Vaccination in Burma 1889-1999 - 1889-1999
Year: 1889
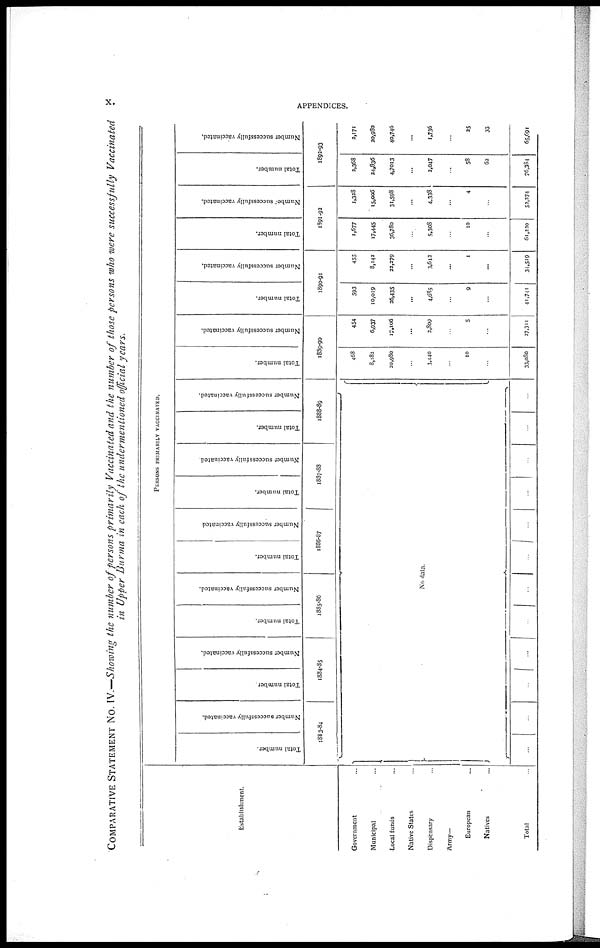
x.
APPENDICES.
COMPARATIVE STATEMENT No. IV.—Showing the number of persons primarily Vaccinated and the number of those persons who were successfully Vaccinated
in Upper Burma in each of the undermentioned official years.
Establishment.
Government... ... ...
Municipal... ... ... ...
Local funds... ... ... ...
Native States... ... ... ...
Dispensary... ... ... ...
Army-
European... ... ... ...
Natives... ... ... ...
Total...
PERSONS PRIMARILY VACCINATED.
Total number.
Number successfully vaccinated.
1883-84
Total number.
Number successfully vaccinated.
1884-85
Total number.
Number successfully vaccinated.
1885-86
Total number.
Number successfully vaccinated
1886-87
Total number.
Number successfully vaccinated.
1887-88
Total number.
Number successfully vaccinated.
1888-89
No data.
...
...
...
...
...
...
...
...
...
...
...
...
Total number.
Number successfully vaccinated.
1889-90
468
8,182
20,980
...
3,440
...
10
...
33,080
454
6,937
17,106
...
2,809
...
5
...
27,311
Total number.
Number successfully vaccinated.
1890-91
593
10,019
26,435
...
4,085
...
9
...
41,741
455
8,142
22,279
...
3,643
...
1
...
34,519
Total number.
Number successfully vaccinated.
1891-92
1,677
17,445
36,780
...
5,308
...
10
...
61,230
1,328
15,006
31,598
...
4,338
...
4
...
53,374
Total number.
Number successfully vaccinated.
1892-93
2,368
24,836
4,7013
...
2,047
...
58
62
76,384
2,171
20,980
40,746
...
1,736
...
25
33
65,691